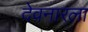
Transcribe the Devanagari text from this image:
देवनारला